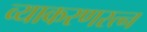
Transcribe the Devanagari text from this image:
व्याकरणरत्न